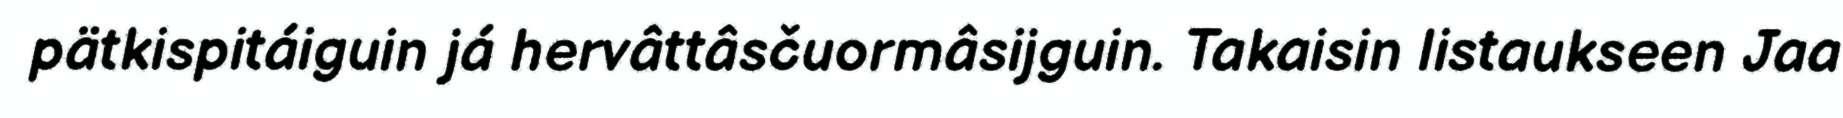
pätkispitáiguin já hervâttâsčuormâsijguin. Takaisin listaukseen Jaa